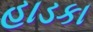
હાડકા